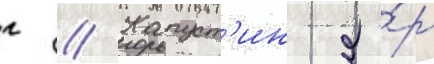
г // Капуст'ин я́р